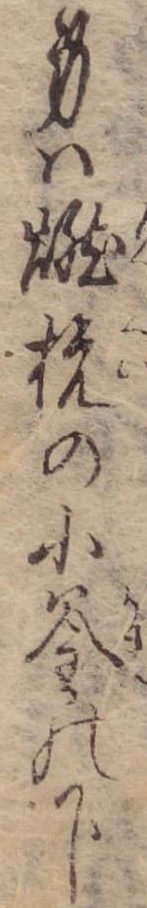
身は燃杭の小釜の下